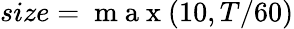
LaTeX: size=\mathrm{~m~a~x~}(10,T/60)